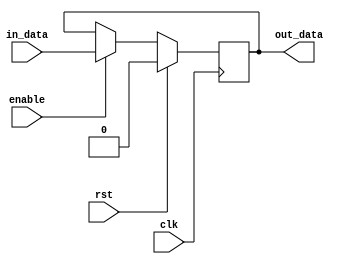
module bypass_register (
    input wire clk,           // System clock signal
    input wire rst,           // Reset signal
    input wire enable,        // Bypass enable signal
    input wire in_data,       // Input data
    output reg out_data       // Output data
);

    always @(posedge clk) begin
        if (rst) begin
            out_data <= 1'b0; // Reset output data
        end else begin
            if (enable) begin
                out_data <= in_data; // Pass input data to output data when bypass enabled
            end
        end
    end

endmodule